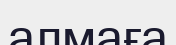
алмаға